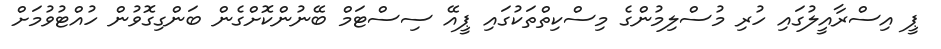
ޕީ އިސްރާއީލުގައި ހުރި މުސްލިމުންގެ މިސްކިތްތަކުގައި ޕީއޭ ސިސްޓަމް ބޭނުންކޮށްގެން ބަންގިގޮވުން ހުއްޓުވުމަށް